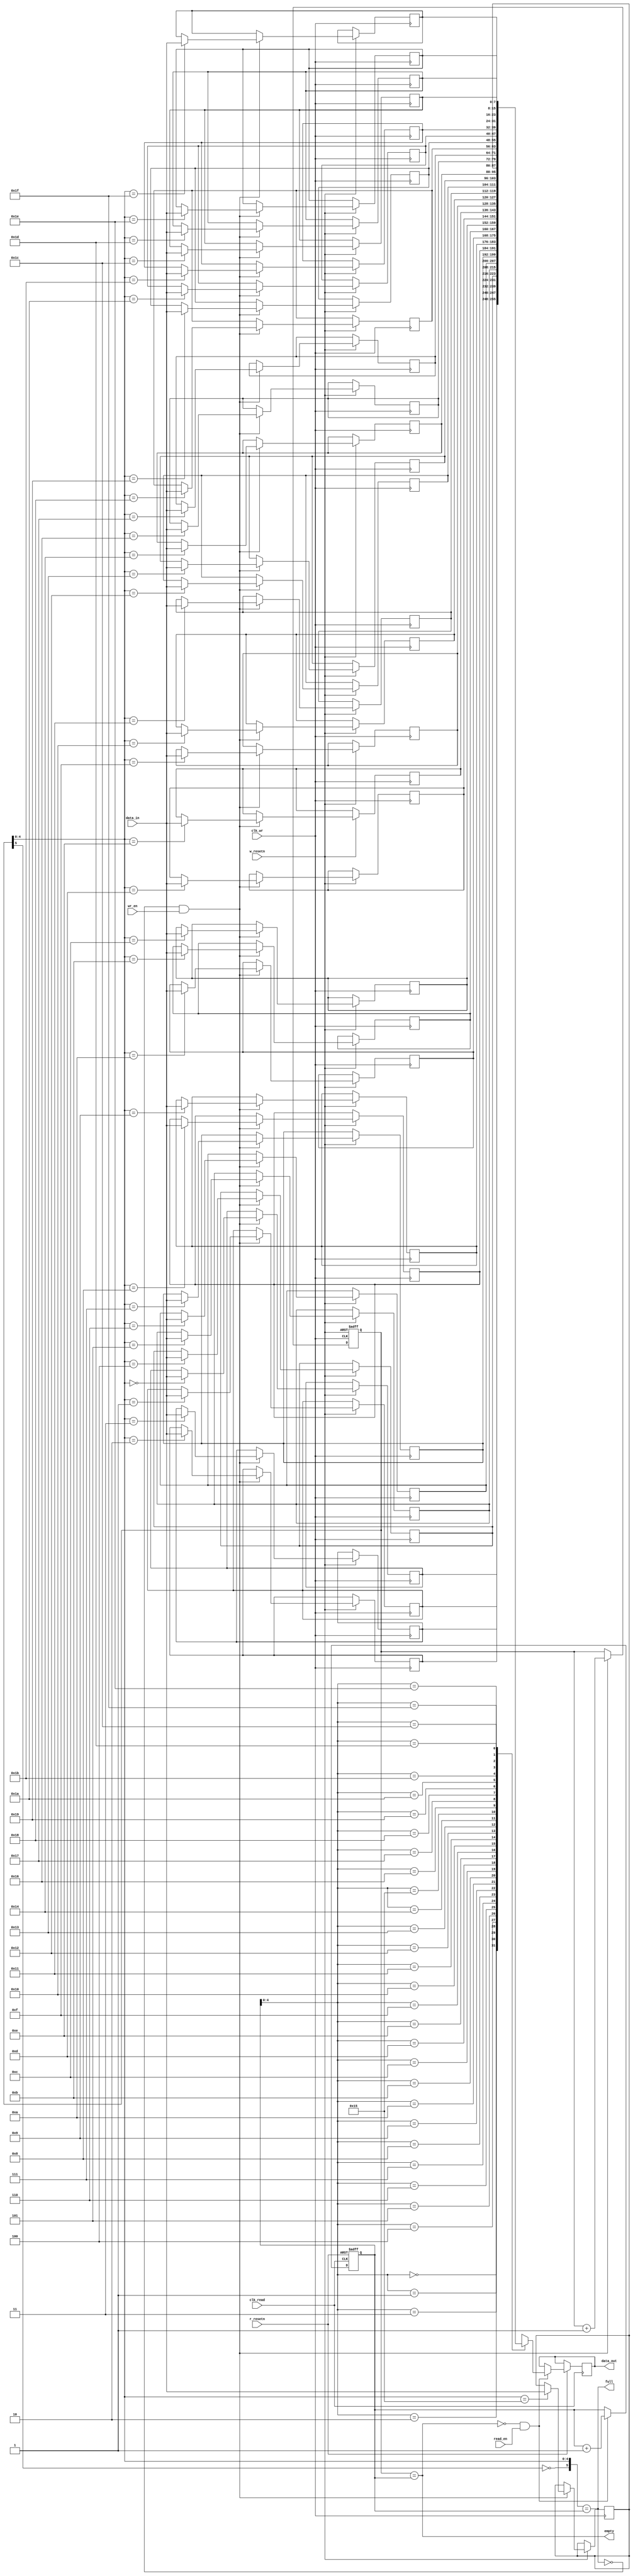
module AS_FIFO(data_in,wr_en,read_en,clk_read,clk_wr,w_resetn,r_resetn,data_out,full,empty);
parameter WIDTH=8;
parameter ADD_LINES=5;
input [WIDTH-1:0] data_in;
input clk_read,clk_wr,wr_en,read_en,w_resetn,r_resetn;
output reg [WIDTH-1:0] data_out;
output full,empty;
//RAM for memory storage
reg [WIDTH-1:0] ram_mem [(2**ADD_LINES)-1:0];
reg [ADD_LINES:0] wr_add,read_add;

//Read block with reset
always@(posedge clk_read or negedge r_resetn)
begin
  if(!r_resetn)
  read_add<=0;
  else if(!empty&&read_en)
  begin
    data_out<=ram_mem[read_add[ADD_LINES-1:0]];
    read_add<=read_add+1;
  end
end
//Write block with reset
always@(posedge clk_wr or negedge w_resetn)
begin
  if(!w_resetn)
  wr_add<=0;
  else if(!full&&wr_en)
  begin
    ram_mem[wr_add[ADD_LINES-1:0]]<=data_in;
    wr_add<=wr_add+1;
  end
end
//Flags assignment
assign full=({!wr_add[ADD_LINES],wr_add[ADD_LINES-1:0]}==read_add);
assign empty=(wr_add==read_add);
endmodule